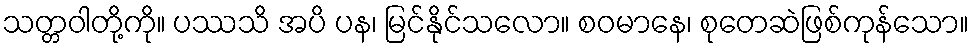
သတ္တဝါတို့ကို။ ပဿသိ အပိ ပန၊ မြင်နိုင်သလော။ စဝမာနေ၊ စုတေဆဲဖြစ်ကုန်သော။